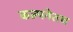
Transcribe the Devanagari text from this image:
कल्पनेतच